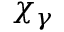
\chi _ { \gamma }